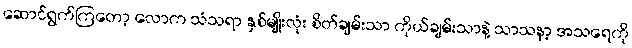
ဆောင်ရွက်ကြတော့ လောက သံသရာ နှစ်မျိုးလုံး စိတ်ချမ်းသာ ကိုယ်ချမ်းသာနဲ့ သာသနာ့ အသရေကို